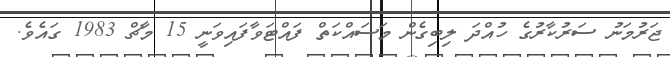
ޖަރުމަނު ސަރުކާރުގެ ހުއްދަ ލިބިގެން މަސައްކަތް ފައްޓަވާފައިވަނީ 15 މާޗް 1983 ގައެވެ.